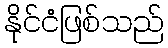
နိုင်ငံဖြစ်သည်